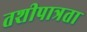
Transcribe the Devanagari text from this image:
तशीपात्रता